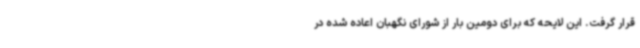
قرار گرفت. این لایحه که برای دومین بار از شورای نگهبان اعاده شده در